Vaccination in Bombay 1924-1928 - 1924-1928
Year: 1924
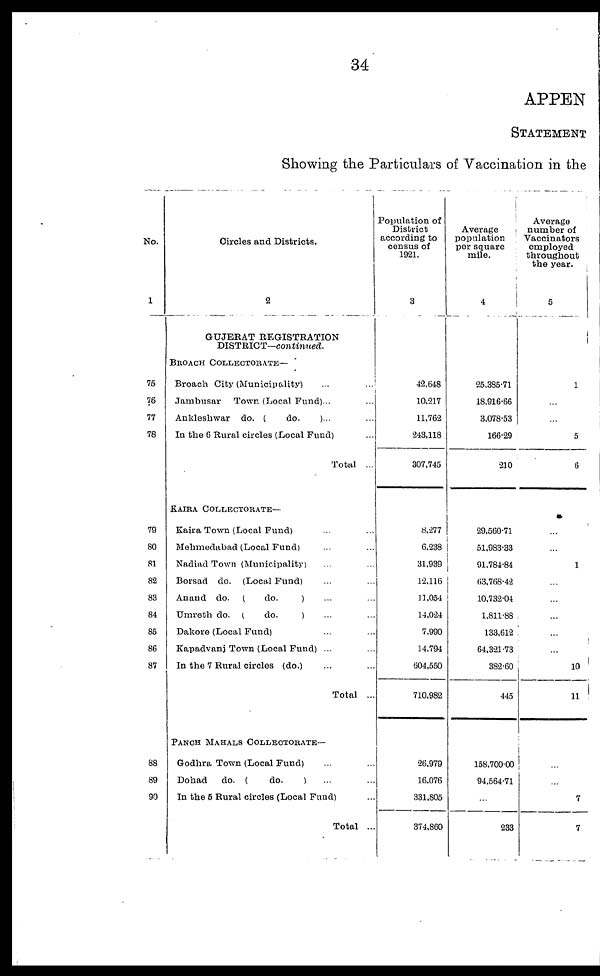
34
APPEN
STATEMENT
Showing the Particulars of Vaccination in the
No.
1
75
76
77
78
79
80
81
82
83
84
85
86
87
88
89
90
Circles and Districts.
2
GUJERAT REGISTRATION
DISTRICT—continued.
BROACH COLLECTORATE—
Broach City (Municipality) ... ...
Jambusar
Town (Local Fund)... ...
Ankleshwar do. (
do.
)... ...
In the 6 Rural circles (Local Fund) ...
Total ...
KAIRA COLLECTORATE—
Kaira Town (Local Fund) ... ...
Mehmedabad (Local Fund) ... ...
Nadiad Town (Municipality) ... ...
Borsad do. (Local Fund) ... ...
Anand do. (
do.
) ... ...
Umreth do. (
do.
) ... ...
Dakore (Local Fund) ... ...
Kapadvanj Town (Local Fund) ...
In the 7 Rural circles (do.) ... ...
Total ..
PANCH MAHALS COLLECTORATE—
Godhra Town (Local Fund)
Dohad
do. (
do.
) ... ...
In the 6 Rural circles (Local Fund) ...
Total ..
Population of
District
according to
census of
1921.
3
42,648
10,217
11,762
243,118
307,745
8,277
6,238
31,939
12,116
11,054
14,024
7,990
14,794
604,550
710,982
26,979
16,076
331,805
374,860
Average
population
per square
mile.
4
25,385.71
18,916.66
3,078.53
166.29
210
29,560.71
51,983.33
91,784.84
63,768.42
10,732.04
1,811.88
133,612
64,321.73
382.60
445
158,700.00
94,564.71
...
233
Average
number of
Vaccinators
employed
throughout
the year.
5
1
...
...
5
6
...
...
1
...
...
...
...
...
10
11
...
...
7
7